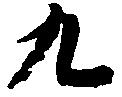
九